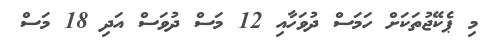
މި ޕެކޭޖުތަކަށް ހަމަސް ދުވަހާއި 12 މަސް ދުވަސް އަދި 18 މަސް